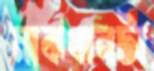
মাঝখানটা